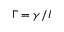
\Gamma = \gamma / I